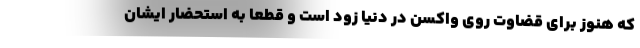
که هنوز برای قضاوت روی واکسن در دنیا زود است و قطعا به استحضار ایشان